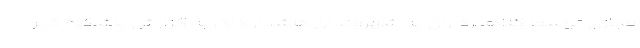
مجازی توسط کلاهبرداران به شهروندان هشدار داد. به گزارش باشگاه خبر